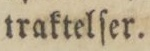
traktelſer.